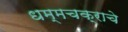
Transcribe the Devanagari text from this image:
धम्मचक्राचे